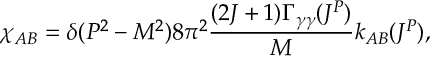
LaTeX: \chi _ { A B } = \delta ( P ^ { 2 } - M ^ { 2 } ) 8 \pi ^ { 2 } \frac { ( 2 J + 1 ) \Gamma _ { \gamma \gamma } ( J ^ { P } ) } { M } k _ { A B } ( J ^ { P } ) ,